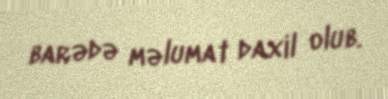
barədə məlumat daxil olub.